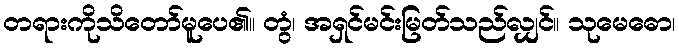
တရားကိုသိတော်မူပေ၏။ တွံ၊ အရှင်မင်းမြတ်သည်လျှင်။ သုမေဓော၊